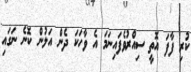
ކުރި ފާފަ އޮތީ ސިއްރުވެފައިނަމަ އެ ވާހަކަ ދެން އަލުން ކޮނެ ނަގައި